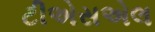
ટીએસએલ